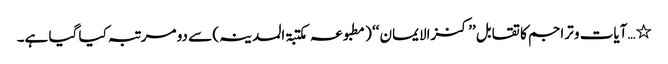
٭…آیات و تراجم کا تقابل ’’ کنزالایمان ‘‘ ( مطبو عہ مکتبۃ المدینہ) سے دو مرتبہ کیا گیا ہے۔